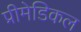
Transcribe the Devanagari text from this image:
प्रीमेडिकल